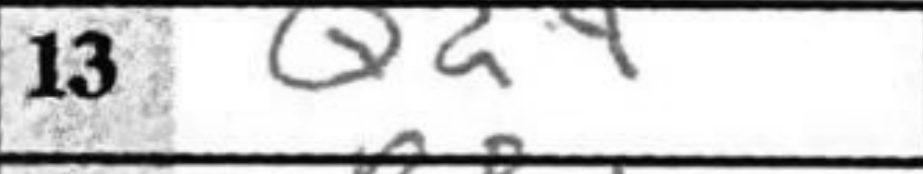
Transcription: Qd4